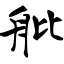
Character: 舭